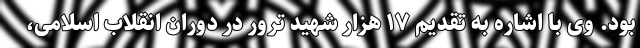
بود. وی با اشاره به تقدیم ۱۷ هزار شهید ترور در دوران انقلاب اسلامی،